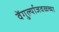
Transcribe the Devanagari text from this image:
वेंगुर्ल्याजवळच्या